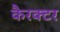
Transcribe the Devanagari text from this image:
कैरक्टर